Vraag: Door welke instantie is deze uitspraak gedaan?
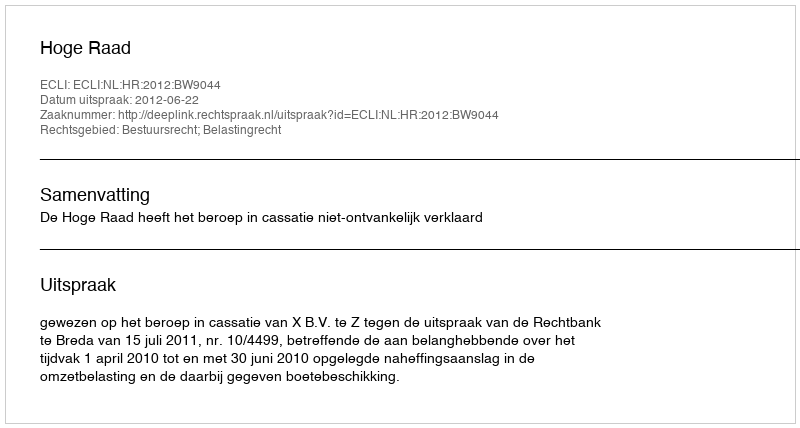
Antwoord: Hoge Raad